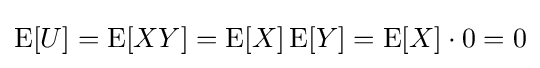
\operatorname {E} [U]=\operatorname {E} [XY]=\operatorname {E} [X]\operatorname {E} [Y]=\operatorname {E} [X]\cdot 0=0